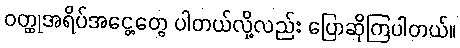
ဝတ္ထုအရိပ်အငွေ့တွေ ပါတယ်လို့လည်း ပြောဆိုကြပါတယ်။